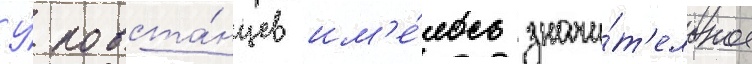
У́ повста́нцев им'е́лось значи́т'ельное